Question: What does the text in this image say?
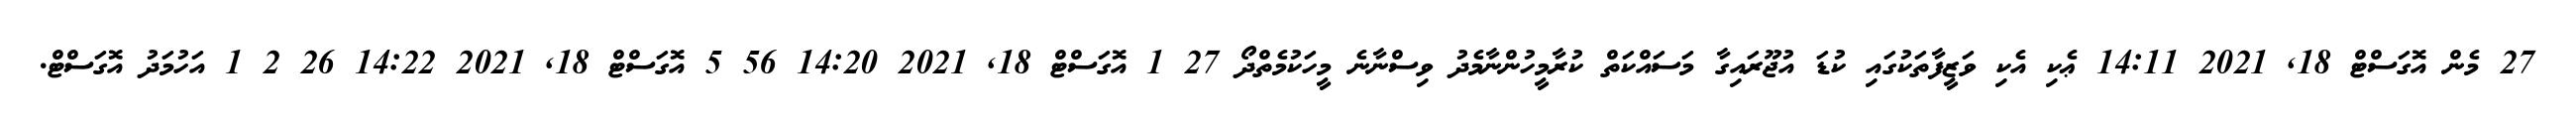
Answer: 27 މެން އޮގަސްޓް 18, 2021 14:11 ޢެކި އެކި ވަޒީފާތަކުގައި ކުޑަ އުޖޫރައިގާ މަސައްކަތް ކުރާމީހުންނާމެދު ވިސްނާނެ މީހަކުމެތްދޯ 27 1 އޮގަސްޓް 18, 2021 14:20 56 5 އޮގަސްޓް 18, 2021 14:22 26 2 1 އަހުމަދު އޮގަސްޓް.